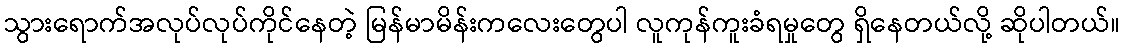
သွားရောက်အလုပ်လုပ်ကိုင်နေတဲ့ မြန်မာမိန်းကလေးတွေပါ လူကုန်ကူးခံရမှုတွေ ရှိနေတယ်လို့ ဆိုပါတယ်။